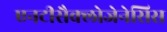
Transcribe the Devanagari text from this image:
एनटीसैक्लोजेनेसिस